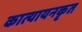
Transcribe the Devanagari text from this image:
कात्यायनकृत